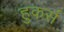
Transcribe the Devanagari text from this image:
हुकर्स